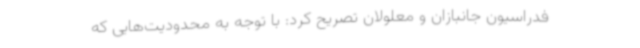
فدراسیون جانبازان و معلولان تصریح کرد: با توجه به محدودیت‌هایی که